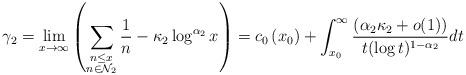
LaTeX: \begin{align*}\gamma _2=\lim_{x \rightarrow \infty } \left(\sum _{\substack{n \leq x\\ n\in \mathcal{N}_2}} \frac{1}{n}-\kappa_2\log ^{\alpha _2} x\right)=c_0\left(x_0\right)+\int_{x_0}^{\infty}\frac{\left(\alpha _2\kappa _2+o(1)\right)}{t(\log t)^{1-\alpha_2}}d t\end{align*}